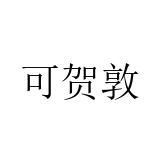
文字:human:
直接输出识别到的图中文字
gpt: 可贺敦